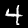
Label: 4